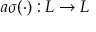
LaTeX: a \sigma ( \cdot ) : L \to L